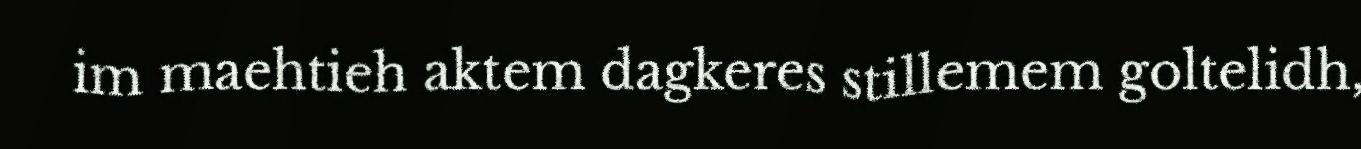
im maehtieh aktem dagkeres stillemem goltelidh,